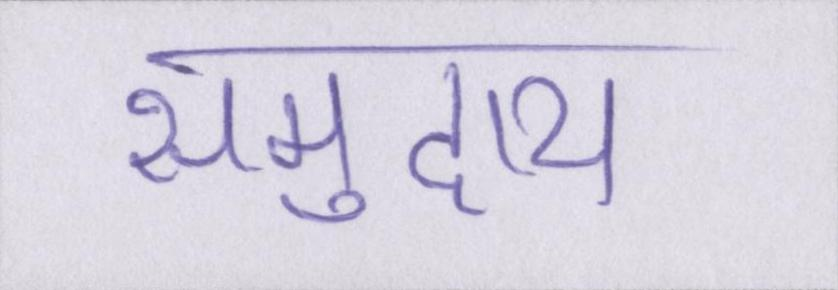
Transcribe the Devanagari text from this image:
समुदाय